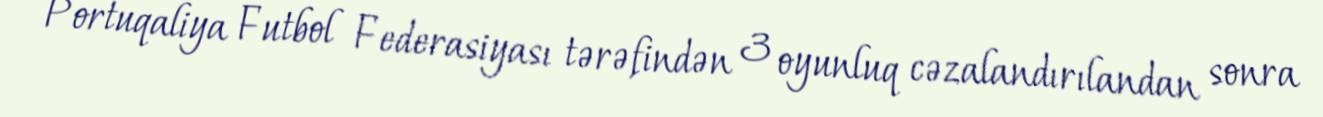
Portuqaliya Futbol Federasiyası tərəfindən 3 oyunluq cəzalandırılandan sonra